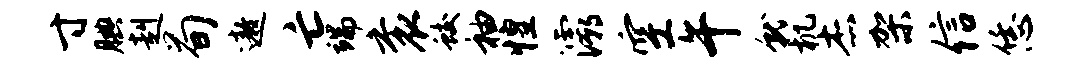
寸腆赳荀遨亡端衮蛟袖惶灞空午就机杰架信恁